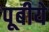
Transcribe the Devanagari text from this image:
पूबीये